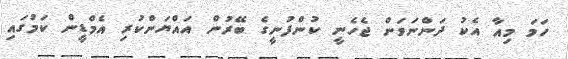
ހަމަ މިއާ އެކު ދަންނަވަން ޖެހެނީ ކުންފުނީގެ ބޭރުން އައްޔަންކުރި އެމްޑީން ކަމުގައި